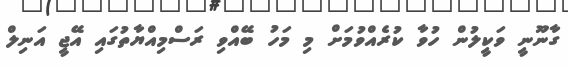
ގާނޫނީ ވަކީލުން ހުވާ ކުރެއްވުމަށް މި މަހު ބޭއްވި ރަސްމިއްޔާތުގައި އޭޖީ އަނިލް